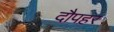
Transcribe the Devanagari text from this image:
दौपहर